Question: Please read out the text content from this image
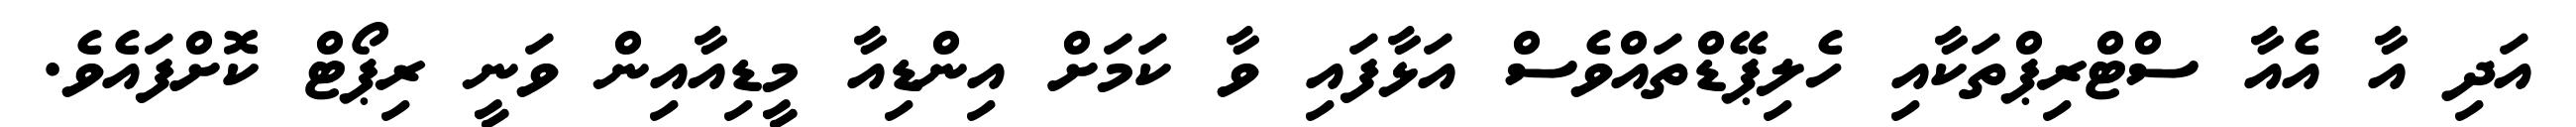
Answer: އަދި އާ އެއާ ސްޓްރިޕްތަކާއި ހެލިޕޭޑްތައްވެސް އަޅާފައި ވާ ކަމަށް އިންޑިއާ މީޑިއާއިން ވަނީ ރިޕޯޓް ކޮށްފައެވެ.